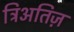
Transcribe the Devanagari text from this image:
ट्रिअतिज़